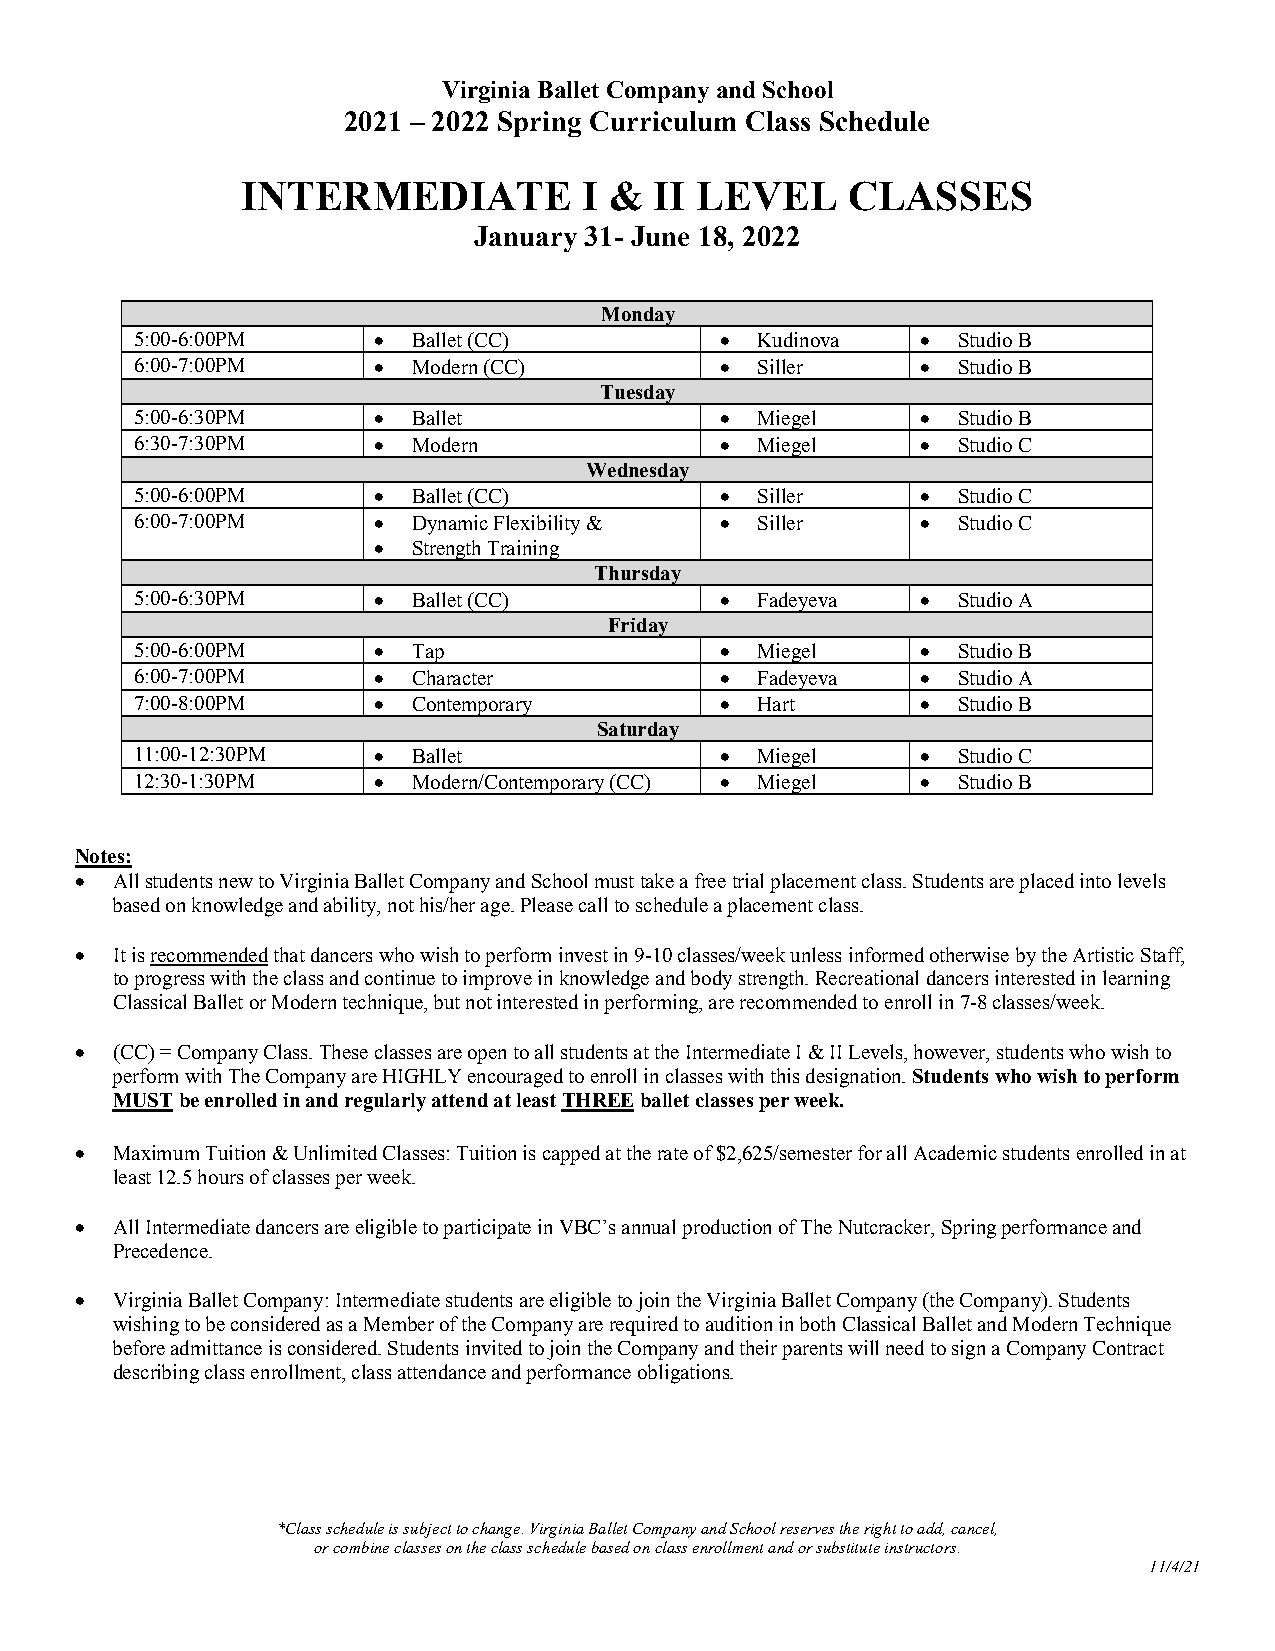
Virginia Ballet Company and School
 2021 – 2022 Spring Curriculum Class Schedule
 INTERMEDIATE           I & II LEVEL     CLASSES
 January 31- June 18, 2022
 Monday
 5:00-6:00PM     • Ballet (CC)          • Kudinova   • Studio B
 6:00-7:00PM     • Modern (CC)          • Siller     • Studio B
 Tuesday
 5:00-6:30PM     • Ballet               • Miegel     • Studio B
 6:30-7:30PM     • Modern               • Miegel     • Studio C
 Wednesday
 5:00-6:00PM     • Ballet (CC)          • Siller     • Studio C
 6:00-7:00PM     • Dynamic Flexibility & • Siller    • Studio C
 • Strength Training
 Thursday
 5:00-6:30PM     • Ballet (CC)          • Fadeyeva   • Studio A
 Friday
 5:00-6:00PM     • Tap                  • Miegel     • Studio B
 6:00-7:00PM     • Character            • Fadeyeva   • Studio A
 7:00-8:00PM     • Contemporary         • Hart       • Studio B
 Saturday
 11:00-12:30PM   • Ballet               • Miegel     • Studio C
 12:30-1:30PM    • Modern/Contemporary (CC) • Miegel • Studio B
 Notes:
 • All students new to Virginia Ballet Company and School must take a free trial placement class. Students are placed into levels
 based on knowledge and ability, not his/her age. Please call to schedule a placement class.
 • It is recommended that dancers who wish to perform invest in 9-10 classes/week unless informed otherwise by the Artistic Staff,
 to progress with the class and continue to improve in knowledge and body strength. Recreational dancers interested in learning
 Classical Ballet or Modern technique, but not interested in performing, are recommended to enroll in 7-8 classes/week.
 • (CC) = Company Class. These classes are open to all students at the Intermediate I & II Levels, however, students who wish to
 perform with The Company are HIGHLY encouraged to enroll in classes with this designation. Students who wish to perform
 MUST be enrolled in and regularly attend at least THREE ballet classes per week.
 • Maximum Tuition & Unlimited Classes: Tuition is capped at the rate of $2,625/semester for all Academic students enrolled in at
 least 12.5 hours of classes per week.
 • All Intermediate dancers are eligible to participate in VBC’s annual production of The Nutcracker, Spring performance and
 Precedence.
 • Virginia Ballet Company: Intermediate students are eligible to join the Virginia Ballet Company (the Company). Students
 wishing to be considered as a Member of the Company are required to audition in both Classical Ballet and Modern Technique
 before admittance is considered. Students invited to join the Company and their parents will need to sign a Company Contract
 describing class enrollment, class attendance and performance obligations.
 *Class schedule is subject to change. Virginia Ballet Company and School reserves the right to add, cancel,
 or combine classes on the class schedule based on class enrollment and or substitute instructors.
 11/4/21